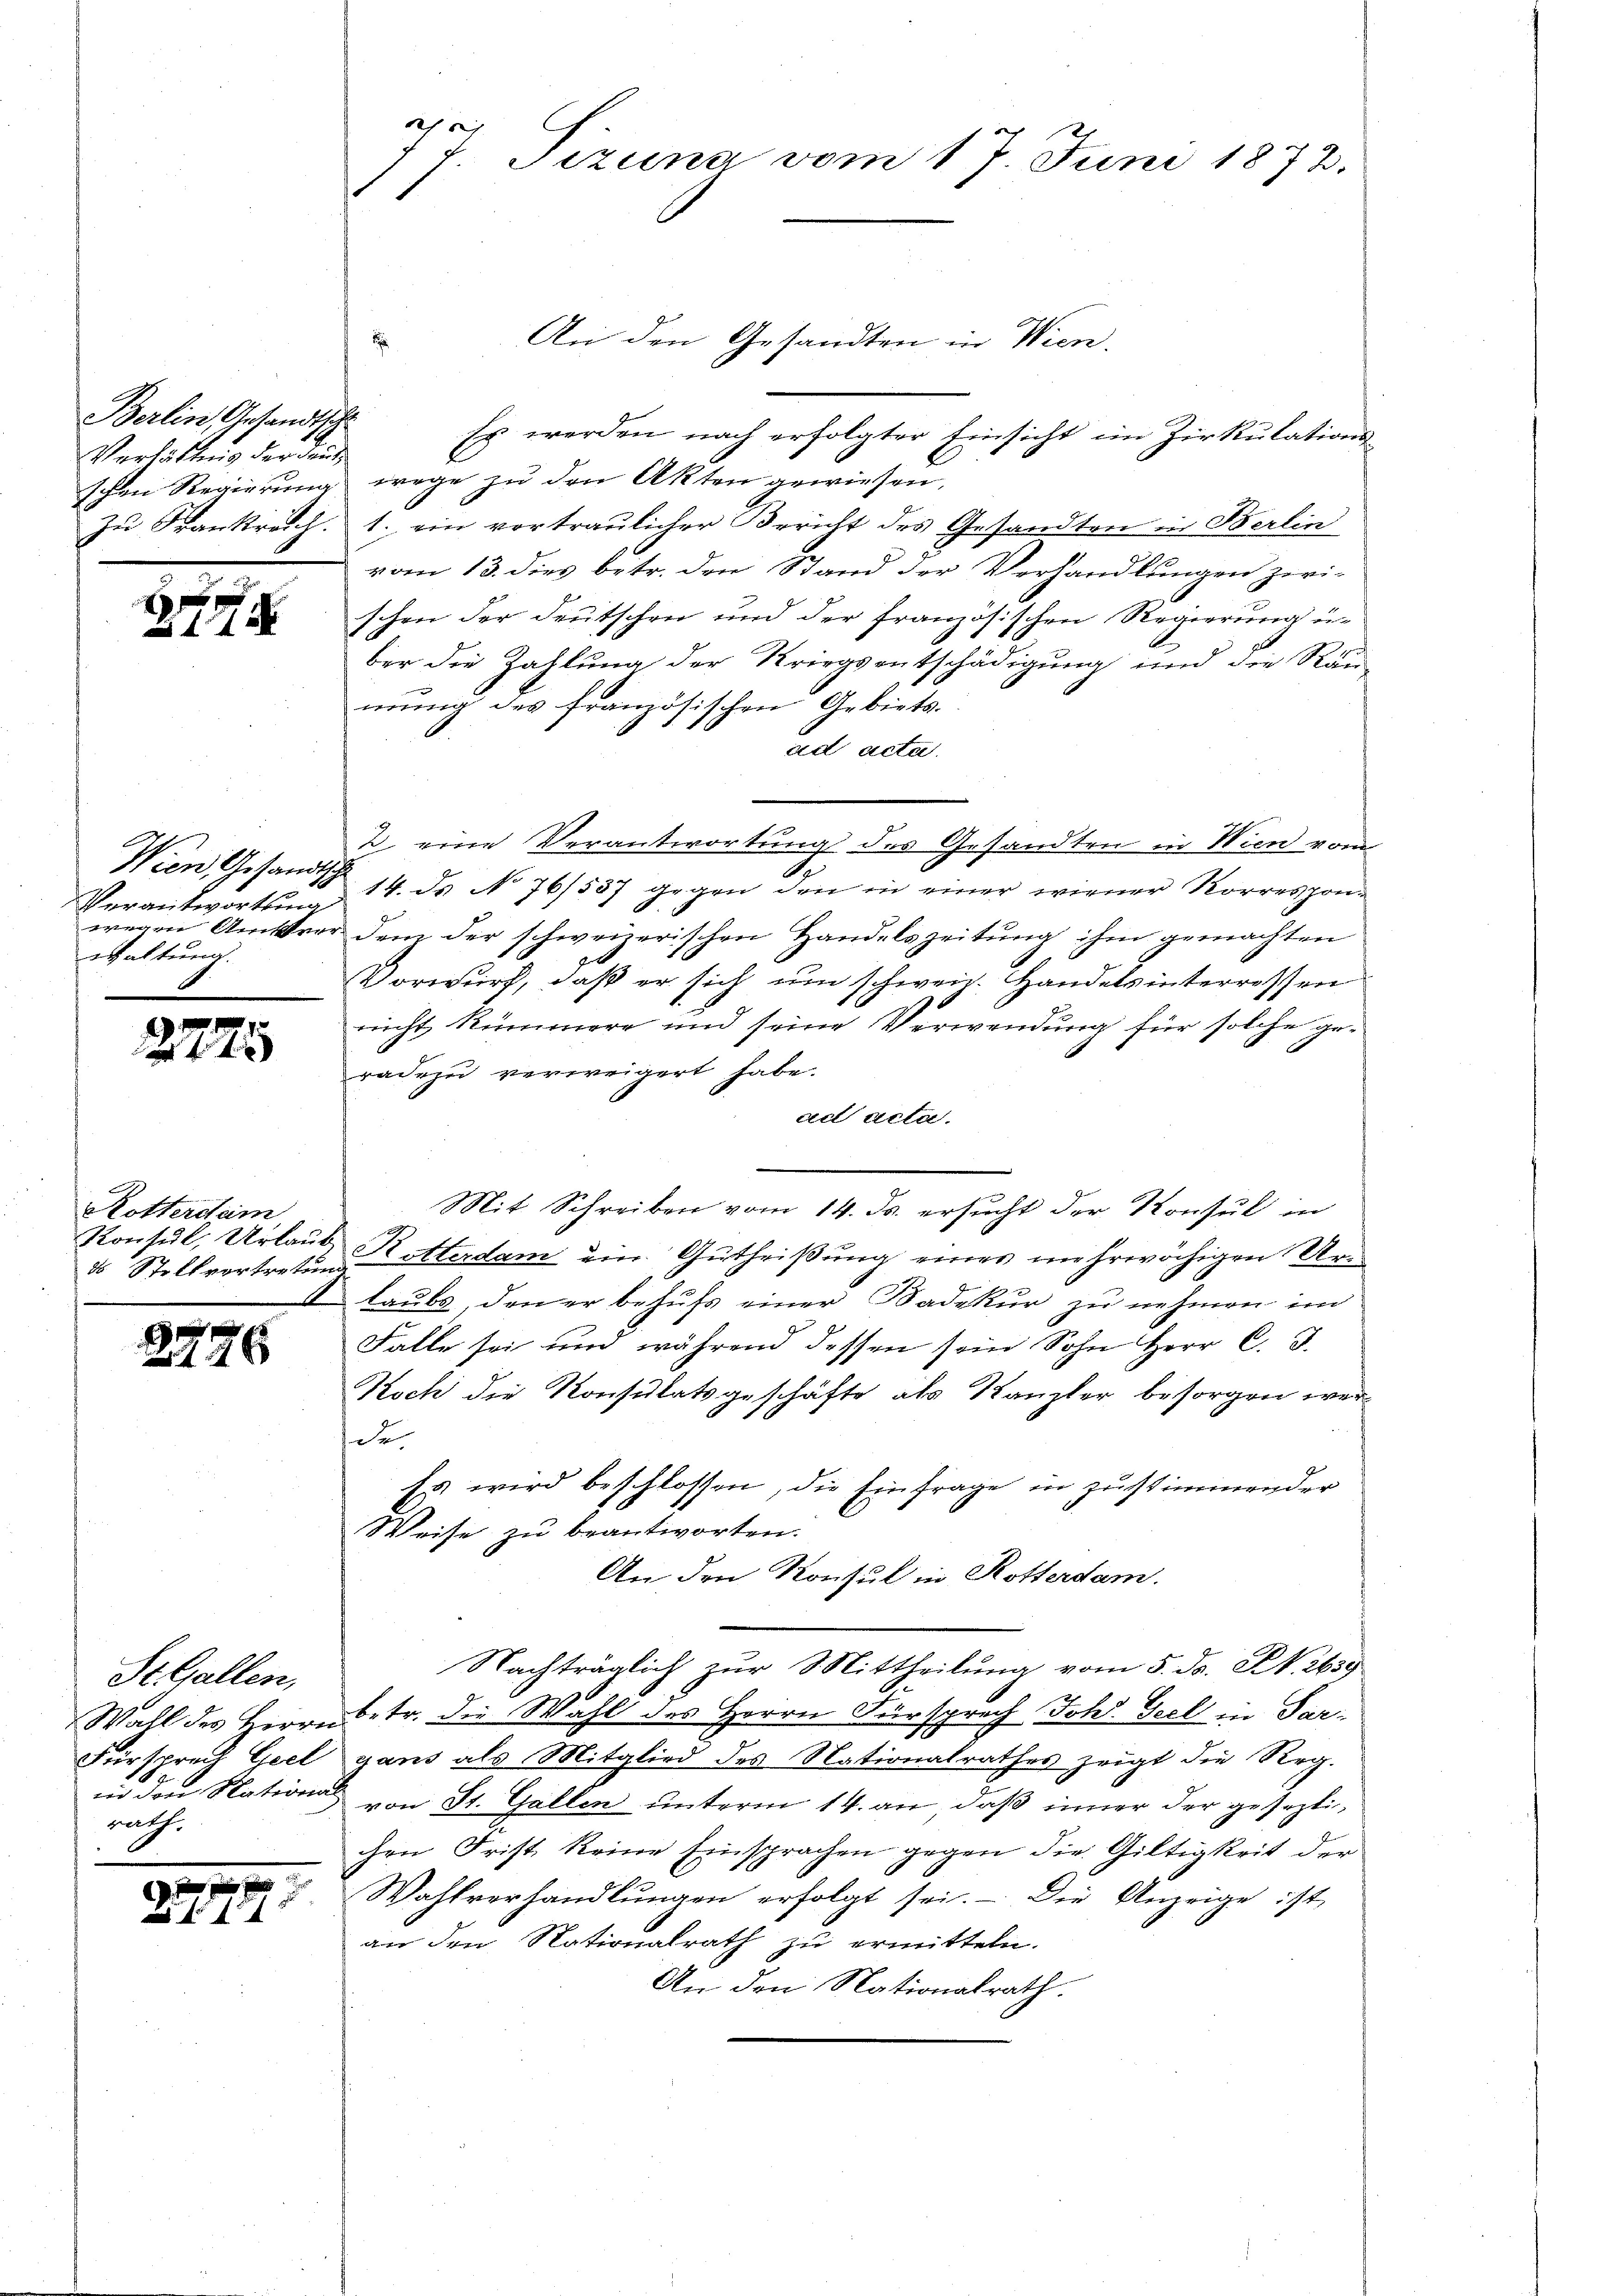
Berlin Gesandtsch
Verhättung der Land

2

Wien Gesandtsc
Verantwortung
waltung.

2725

Rotterdam
35 Stellvortretung

f 0 x
14 x

St. Gallen,
rath.

9.10.1919.
ff:

f
1 f. Pizuna vom 17. Juni 1873.

An den Gesandten in Wien,
Es werden nach erfolgter Einsicht im Zirkulationsschen Regierung wege zu den Akten gewiesen,
Zu Frankreich. 1. ein vortraulicher Bericht des Gesandten in Berlin
vom 13. dies betr. den Stand der Verhandlungen zwi-
schen der deutschen und der französischen Regierung u.
ber die Zahlung der Kriegsentschädigung und die Räumung des französischen Gebiets.
ad acta.
2 eine Verantwortung des Gesandten in Wien vom
Se
14. ds No 76/537 gegen den in einer wiener Korresponwegen Amtsvor dem der schweizerischen Handelszeitung ihm gemachten
Vorwurf, daß er sich um schweiz. Handelsinterressen
nicht kümmere und seine Verwendung für solche geradezu verweigert habe.
ad acta.
Mit Schreiben vom 14. ds. ersucht der Konsul in
Konsul, Urlaub, Ritterdam ein Gutheißung eines mehrwöchigen Urlaubs, den er behufs einer Madekur zu nehmen im
Falle sei und während dessen sein Sohn Herr C. J.
Koch die Konsulatsgeschäfte als Kanzler besorgen wer¬
Dr
Es wird beschlossen, die Einfrage in zustimmender
Weise zu beantworten.
An den Konsul in Rotterdam.
Nachträglich zur Mittheilung vom 5. ds. Nr. 2639
Wahl des Heranbetr. die Wahl des Herrn Fürsprech Johs. Geel in Par-
Fürsprach Geel gans als Mitglied des Nationalrathes zeigt die Reg.
in den Station von St. Gallen unterm 14. an, daß inner der geseztichen Frist keine Einsprachen gegen die Giltigkeit der
Wahlverhandlŭngen erfolgt sei. Die Anzeige ist
an den Nationalrath zu ermitteln.
An den Nationalrath.